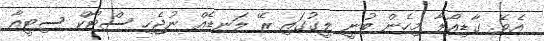
އެވެ. ގާޑިއޯލާ މިހެން ބުނީ ލީގުގައި ރޭ ލަނޑެއް ނުޖެހި ސްޓޯކް ސިޓީއާ